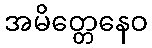
အမိတ္တေနေဝ